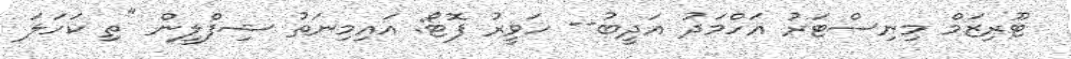
ޓޫރިޒަމް މިނިސްޓަރު އަހްމަދު އަދީބު-- ހަވީރު ފޮޓޯ: އައިމިނަތު ޝިފްލީން "ތި ކަހަލަ